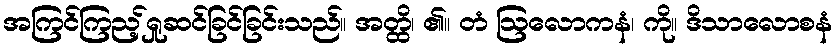
အကြင်ကြည့်ရှုဆင်ခြင်ခြင်းသည်။ အတ္ထိ၊ ၏။ တံ ဩလောကနံ၊ ကို။ ဒိသာလောစနံ